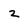
Character: 2